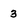
Character: 3